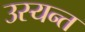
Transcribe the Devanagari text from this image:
उस्यन्त